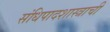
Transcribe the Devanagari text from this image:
संधिपादशास्त्राची